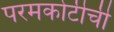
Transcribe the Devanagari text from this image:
परमकोटीची